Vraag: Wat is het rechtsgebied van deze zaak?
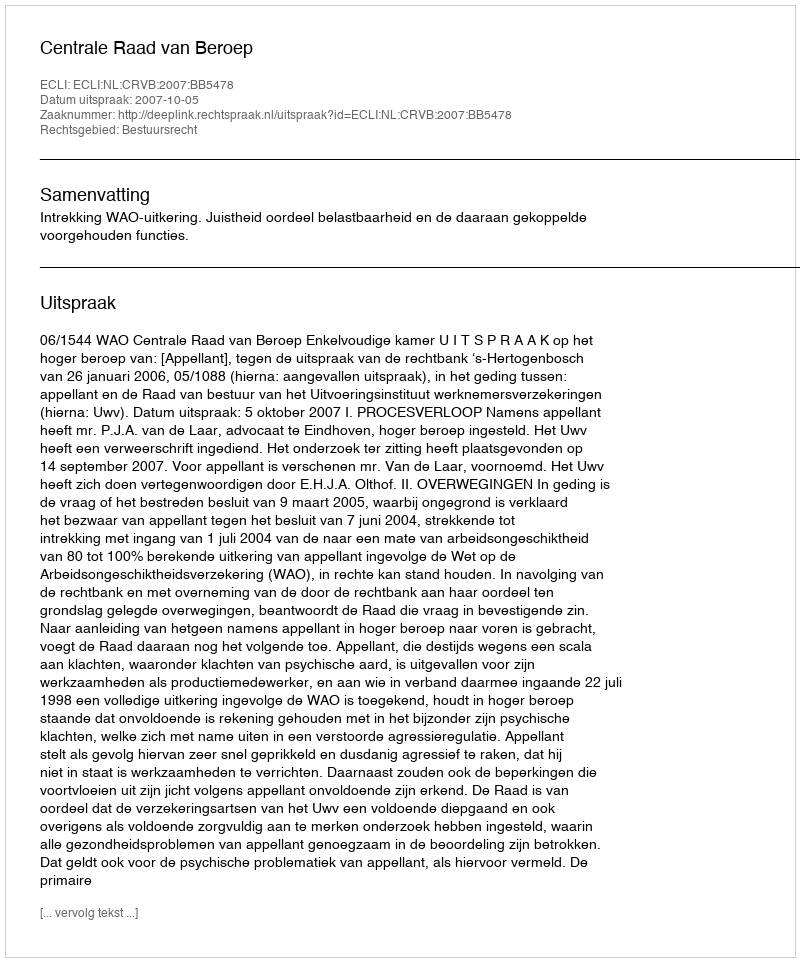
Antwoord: Bestuursrecht